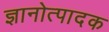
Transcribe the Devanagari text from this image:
ज्ञानोत्पादक